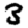
Digit: 3